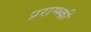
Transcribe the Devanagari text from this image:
प्रराम्भ्की